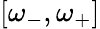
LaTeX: [\omega_{-},\omega_{+}]